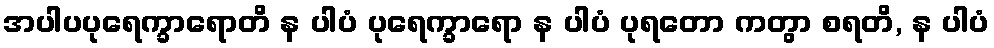
အပါပပုရေက္ခာရောတိ န ပါပံ ပုရေက္ခာရော န ပါပံ ပုရတော ကတွာ စရတိ, န ပါပံ